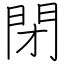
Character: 閉